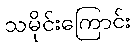
သမိုင်းကြောင်း